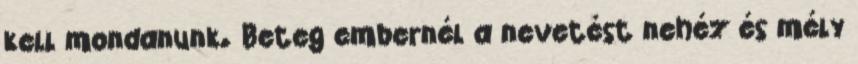
kell mondanunk. Beteg embernél a nevetést nehéz és mély